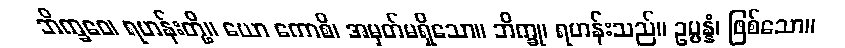
ဘိက္ခဝေ၊ ရဟန်းတို့။ ယော ကောစိ၊ အမှတ်မရှိသော။ ဘိက္ခု၊ ရဟန်းသည်။ ဥပ္ပန္နံ၊ ဖြစ်သော။